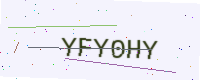
Text: YFY0HY